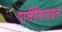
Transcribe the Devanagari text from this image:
पालीविनाइल